Plague in India, 1896, 1897 - Volume 3
Year: 1896
Disease focus: Plague
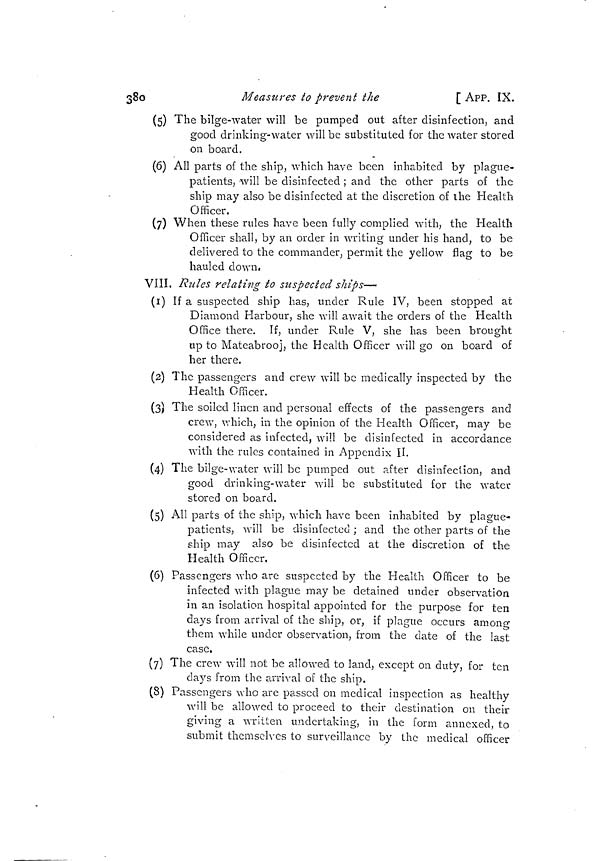
380
Measures to prevent the
[ APP. IX.
(5) The bilge-water will be pumped out after disinfection, and
good drinking-water will be substituted for the water stored
on board.
(6) All parts of the ship, which have been inhabited by plague-
patients, will be disinfected ; and the other parts of the
ship may also be disinfected at the discretion of the Health
Officer.
(7) When these rules have been fully complied with, the Health
Officer shall, by an order in writing under his hand, to be
delivered to the commander, permit the yellow flag to be
hauled down,
VIII. Rules relating to suspected ships—
(1) If a suspected ship has, under Rule IV, been stopped at
Diamond Harbour, she will await the orders of the Health
Office there. If, under Rule V, she has been brought
up to Mateabrooj, the Health Officer will go on board of
her there.
(2) The passengers and crew will be medically inspected by the
Health Officer.
(3) The soiled linen and personal effects of the passengers and
crew, which, in the opinion of the Health Officer, may be
considered as infected, wiîl be disinfected in accordance
with the rules contained in Appendix 1l.
(4) The bilge-water will be pumped out after disinfection, and
good drinking-water will be substituted for the water
stored on board.
(5) All parts of the ship, which have been inhabited by plague-
patients, will be disinfected ; and the other parts of the
ship may also be disinfected at the discretion of the
Health Officer.
(6) Passengers who are suspected by the Health Officer to be
infected with plague may be detained under observation
in an isolation hospital appointed for the purpose for ten
days from arrival of the ship, or, if plague occurs amone*
them while under observation, from the date of the last
case.
(7) The crew will not be allowed to land, except on duty, for ten
clays from the arrival of the ship.
(8) Passengers who are passed on medical inspection as healthy
will be allowed to proceed to their destination on their
giving a written undertaking, in the form annexed, to
submit themselves to surveillance by the medical officer